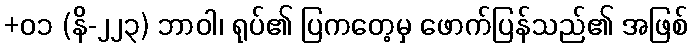
+၀၁ (နိ-၂၂၃) ဘာဝါ၊ ရုပ်၏ ပြကတေ့မှ ဖောက်ပြန်သည်၏ အဖြစ်